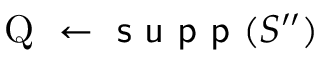
\mathrm { ~ Q ~ } \gets \textsf { s u p p } ( S ^ { \prime \prime } )